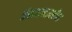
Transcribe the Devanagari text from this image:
तंत्रज्ञानावरील